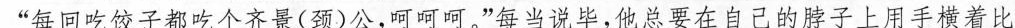
”每回吃饺子都吃个齐景(颈)公，可，”每当说毕，他总要在自己的脖子上用手横着比